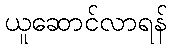
ယူဆောင်လာရန်